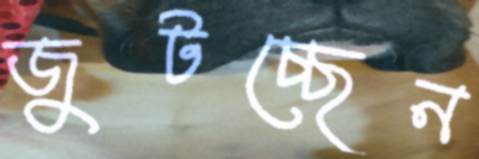
জুটচ্ছেন